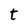
Character: t